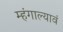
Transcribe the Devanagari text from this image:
म्हंगाल्यावं